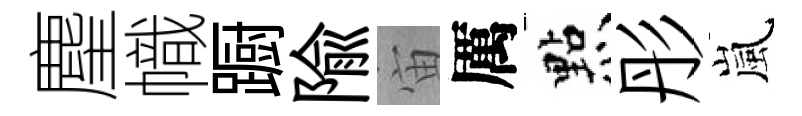
麈幟蹰隃宙厲㸃彤嵐